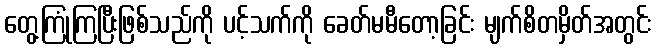
တွေ့ကြုံကြပြီးဖြစ်သည်ကို ပင့်သက်ကို ခေတ်မမီတော့ခြင်း မျက်စိတမှိတ်အတွင်း